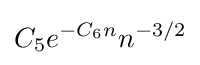
C_{5}e^{-C_{6}n}n^{-3/2}